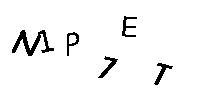
N1P7ET